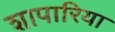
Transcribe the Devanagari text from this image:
शापारिया